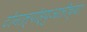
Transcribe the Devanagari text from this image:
टोनाल्पोह्युआलीच्या